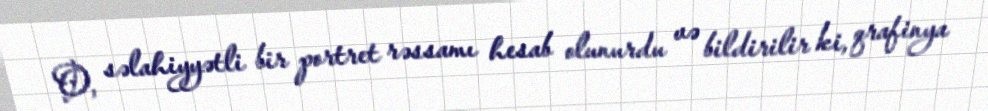
O, səlahiyyətli bir portret rəssamı hesab olunurdu və bildirilir ki, qrafinya